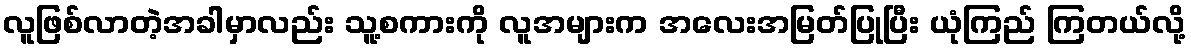
လူဖြစ်လာတဲ့အခါမှာလည်း သူ့စကားကို လူအများက အလေးအမြတ်ပြုပြီး ယုံကြည် ကြတယ်လို့